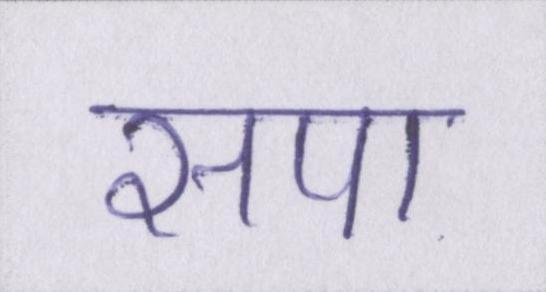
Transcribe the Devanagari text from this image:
सपा